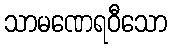
သာမဏေရဝီသော